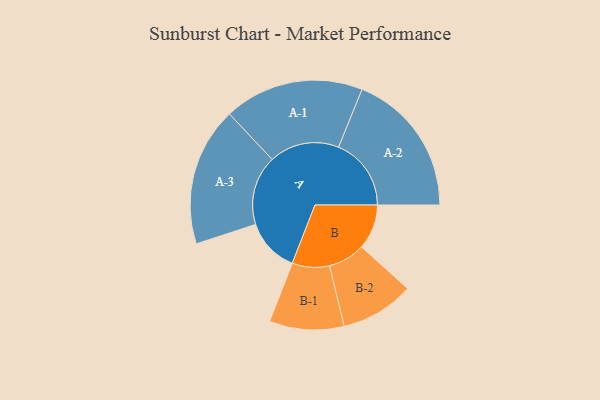
{"axis": {"x": "Segment", "y": "Value"}, "legend": ["", "A", "B"], "data": [{"x": "A", "y": 219, "type": ""}, {"x": "B", "y": 182, "type": ""}, {"x": "A-1", "y": 283, "type": "A"}, {"x": "A-2", "y": 294, "type": "A"}, {"x": "A-3", "y": 281, "type": "A"}, {"x": "B-1", "y": 151, "type": "B"}, {"x": "B-2", "y": 149, "type": "B"}]}